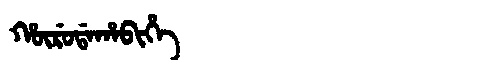
Manchu: ᡥᡡᡵᡠᡩᠠᡥᠠᠪᡳᡥᡝ
Romanization: HŪRUDAHABIHE